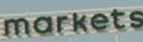
markets